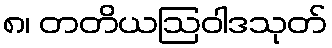
၈၊ တတိယဩဝါဒသုတ်